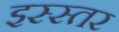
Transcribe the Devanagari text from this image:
इस्स्तर